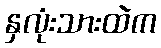
နှလုံးသားထဲက